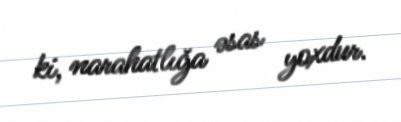
ki, narahatlığa əsas yoxdur.